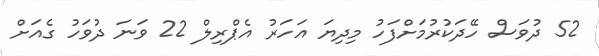
52 ދުވަސް ހޭދަކުރުމަށްފަހު މިދިޔަ އަހަރު އެޕްރިލް 22 ވަނަ ދުވަހު ގެއަށް